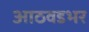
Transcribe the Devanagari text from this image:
आठवडभर